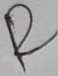
Text: R